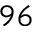
^ { 9 6 }